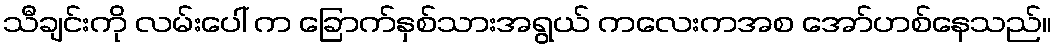
သီချင်းကို လမ်းပေါ် က ခြောက်နှစ်သားအရွယ် ကလေးကအစ အော်ဟစ်နေသည်။